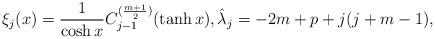
LaTeX: \begin{align*}\xi_j(x)=\frac{1}{\cosh x }C^{(\frac{m+1}{2})}_{j-1}(\tanh x ),\hat{\lambda}_j=-2m+p+j(j+m-1),\end{align*}